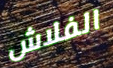
الفلاش